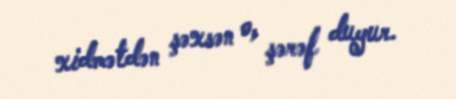
xidmətdən şəxsən o, şərəf duyur.